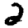
Digit: 2